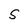
Character: S